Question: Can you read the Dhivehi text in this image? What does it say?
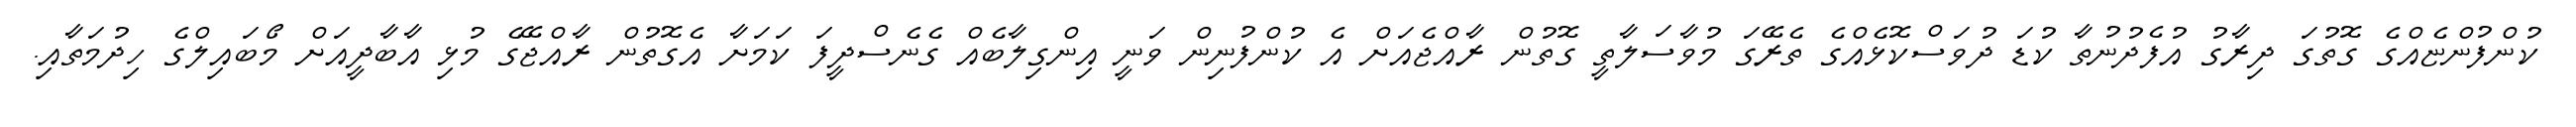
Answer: ކުންފުންޏެއްގެ ގޮތުގަ ދިރާގު އުފެދުނުތާ ކުޑަ ދުވަސްކޮޅެއްގެ ތެރޭގަ މުވާސަލާތީ ގޮތުން ރާއްޖެއަށް އެ ކުންފުނިން ވަނީ އިންގިލާބެއް ގެނެސްދީފަ ކަމަށާ އެގޮތުން ރާއްޖޭގެ މުޅި އާބާދީއަށް މޯބައިލްގެ ހިދުމަތާއި.